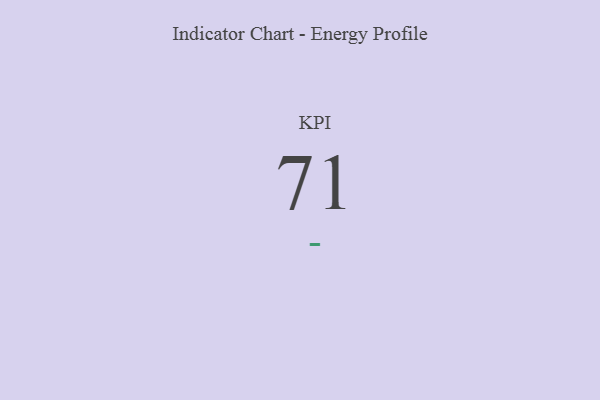
{"axis": {"x": "KPI", "y": "Value"}, "legend": [""], "data": [{"x": "KPI", "y": 71, "type": ""}]}